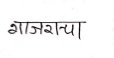
मजकूर: गाजराचा